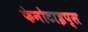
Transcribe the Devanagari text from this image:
फेनोटाइप्स